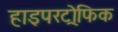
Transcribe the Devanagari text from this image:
हाइपरट्रोफिक